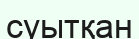
суытқан